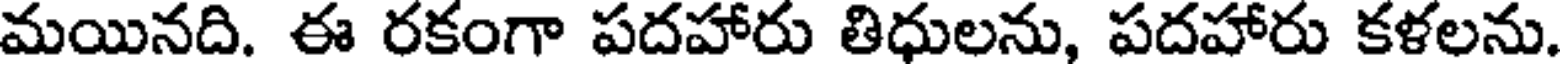
మయినది. ఈ రకంగా పదహారు తిధులను, పదహారు కళలను.